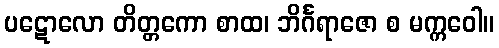
ပဋောလော တိတ္တကော စာထ၊ ဘိင်္ဂရာဇော စ မက္ကဝေါ။